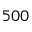
5 0 0